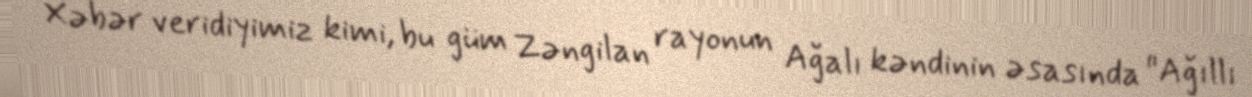
Xəbər veridiyimiz kimi, bu güm Zəngilan rayonun Ağalı kəndinin əsasında "Ağıllı